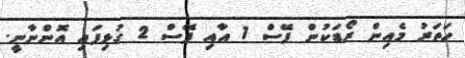
ހަތަރު މެއިން ރޯޑަކުން ފޭސް 1 އާއި ފޭސް 2 ގުޅިފައި އޮންނާނީ.